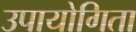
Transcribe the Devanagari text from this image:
उपायोगिता